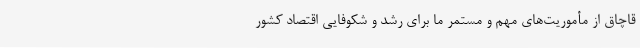
قاچاق از مأموریت‌های مهم و مستمر ما برای رشد و شکوفایی اقتصاد کشور